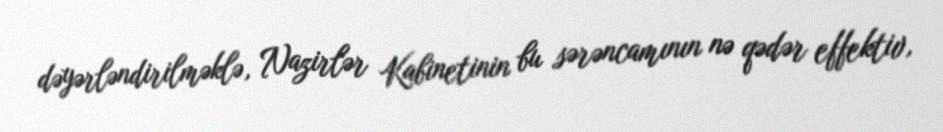
dəyərləndirilməklə, Nazirlər Kabinetinin bu sərəncamının nə qədər effektiv,